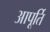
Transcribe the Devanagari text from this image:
आपूर्ति